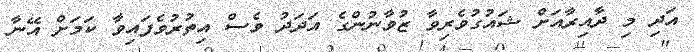
އަދި މި ދާއިރާއަށް ޝައުގުވެރިވާ ޒުވާނުންގެ އަދަދު ވެސް އިތުރުވެފައިވާ ކަމަށް އޭނާ